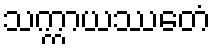
သက္ကာယဿေတံ